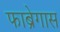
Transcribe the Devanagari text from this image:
फाब्रेगास